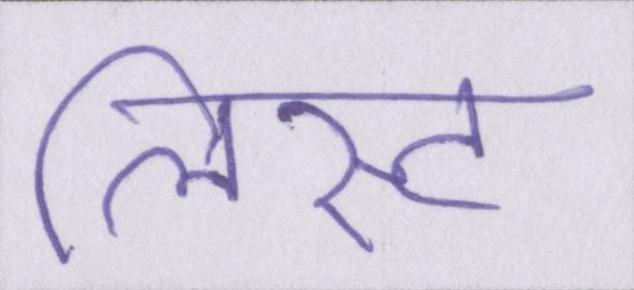
लिस्ट